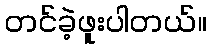
တင်ခဲ့ဖူးပါတယ်။